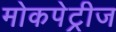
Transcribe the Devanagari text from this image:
मोकपेट्रीज